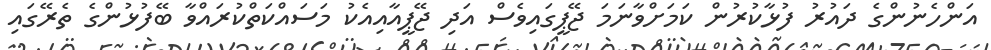
އަންހެނުންގެ ދައުރު ފުޅާކުރުން ކަމަށްވާނަމަ ޖޭޕީގައިވެސް އަދި ޖޭޕީއާއިއެކު މަސައްކަތްކުރައްވާ ބޭފުޅުންގެ ތެރޭގައި